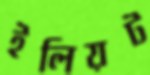
ইলিয়ট